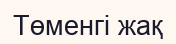
Төменгі жақ